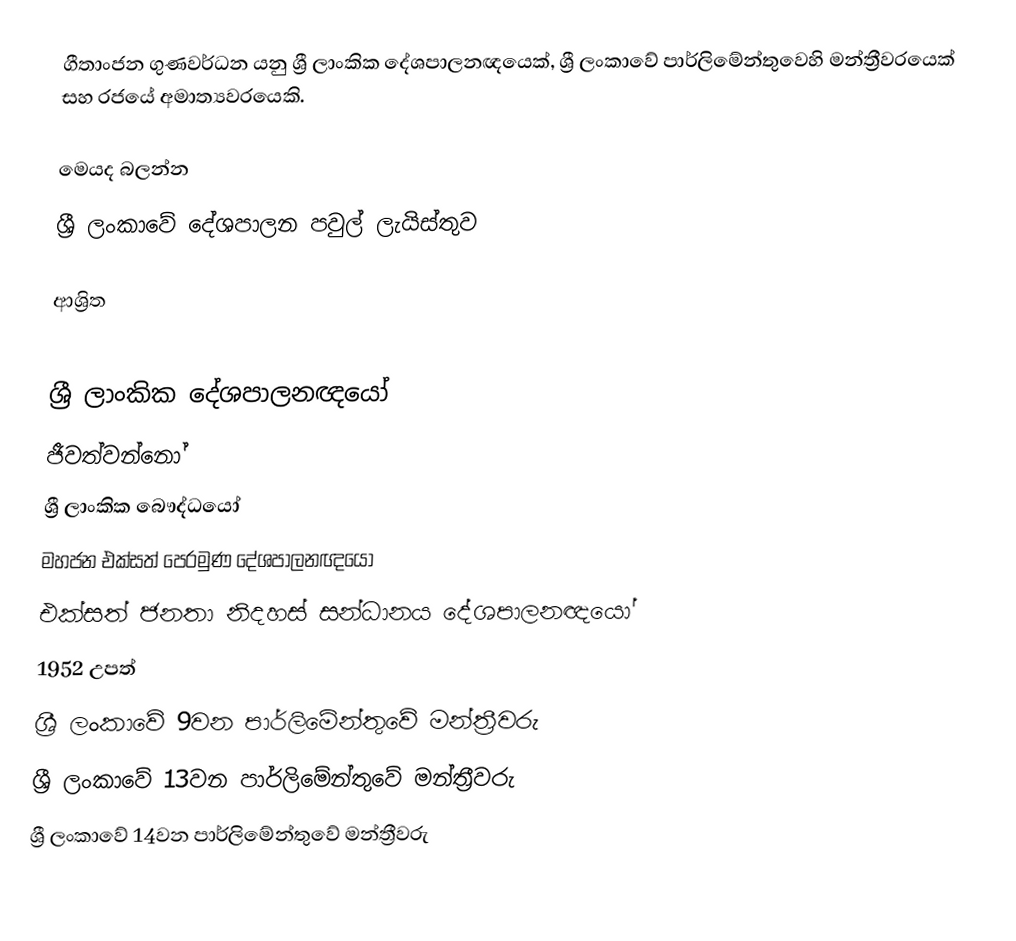
ගීතාංජන ගුණවර්ධන යනු  ශ්‍රී ලාංකික දේශපාලනඥයෙක්, ශ්‍රී ලංකාවේ පාර්ලිමේන්තුවෙහි මන්ත්‍රීවරයෙක් සහ රජයේ අමාත්‍යවරයෙකි.

මෙයද බලන්න
ශ්‍රී ලංකාවේ දේශපාලන පවුල් ලැයිස්තුව

ආශ්‍රිත

ශ්‍රී ලාංකික දේශපාලනඥයෝ
ජීවත්වන්නෝ
ශ්‍රී ලාංකික බෞද්ධයෝ
මහජන එක්සත් පෙරමුණ දේශපාලනඥයෝ
එක්සත් ජනතා නිදහස් සන්ධානය දේශපාලනඥයෝ
1952 උපත්
ශ්‍රී ලංකාවේ 9වන පාර්ලිමේන්තුවේ මන්ත්‍රීවරු
ශ්‍රී ලංකාවේ 13වන පාර්ලිමේන්තුවේ මන්ත්‍රීවරු
ශ්‍රී ලංකාවේ 14වන පාර්ලිමේන්තුවේ මන්ත්‍රීවරු